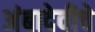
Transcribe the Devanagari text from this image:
अंबादेवीचे